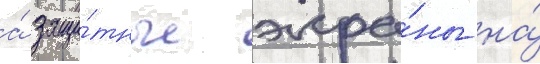
а́ защи́тные экра́ны на́